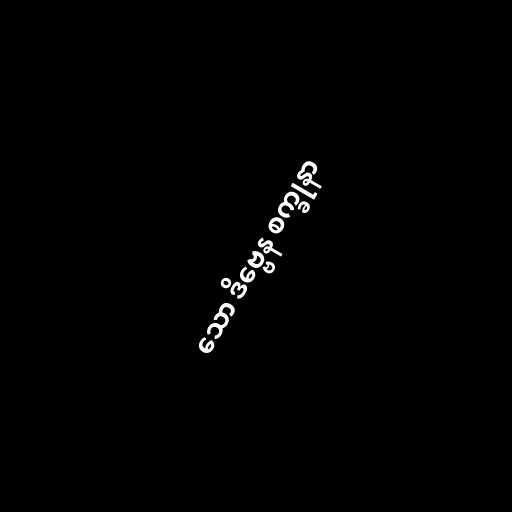
သော ဒိဗ္ဗေန စက္ခုနာ